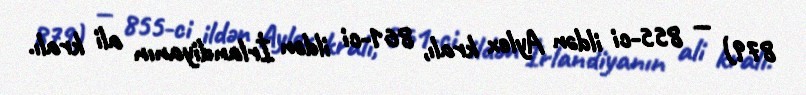
879) — 855-ci ildən Aylex kralı, 861-ci ildən İrlandiyanın ali kralı.